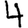
Digit: 4